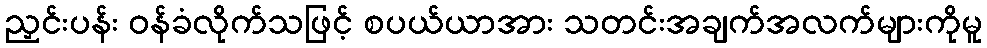
ညှင်းပန်း ဝန်ခံလိုက်သဖြင့် စပယ်ယာအား သတင်းအချက်အလက်များကိုမူ